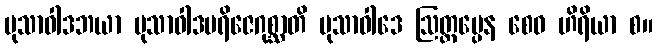
မုသာဝါဒဘယာ မုသာဝါဒပရိဇေဂုစ္ဆာတိ မုသာဝါဒေ ဩတ္တပ္ပေန စေဝ ဟိရိယာ စ။